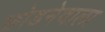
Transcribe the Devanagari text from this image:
छोडनेवाला